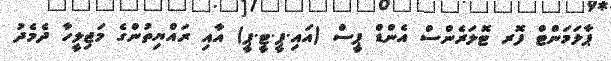
ޕާލަމަންޓް ފޮރ ޓޮލަރެންސް އެންޑް ޕީސް (އައި.ޕީ.ޓީ.ޕީ) އާއި ރައްޔިތުންގެ މަޖިލީހާ ދެމެދު